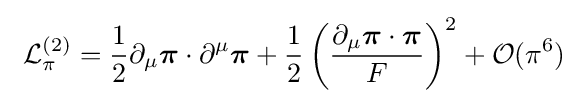
\ {\mathcal {L}}_{\pi }^{(2)}={\frac {1}{2}}\partial _{\mu }{\boldsymbol {\pi }}\cdot \partial ^{\mu }{\boldsymbol {\pi }}+{\frac {1}{2}}\left({\frac {\partial _{\mu }{\boldsymbol {\pi }}\cdot {\boldsymbol {\pi }}}{F}}\right)^{2}+{\mathcal {O}}(\pi ^{6})~